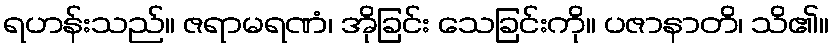
ရဟန်းသည်။ ဇရာမရဏံ၊ အိုခြင်း သေခြင်းကို။ ပဇာနာတိ၊ သိ၏။